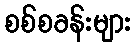
စစ်စခန်းများ